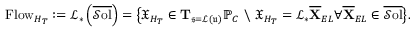
\mathrm { F l o w } _ { H _ { T } } : = \mathcal { L } _ { * } \left( \overline { { \mathcal { S } \mathrm { o l } } } \right) = \big \{ \mathfrak { X } _ { H _ { T } } \in \mathbf { T } _ { \mathfrak { s } = \mathcal { L } ( \mathfrak { u } ) } \mathbb { P } _ { C } \ \backslash \ \mathfrak { X } _ { H _ { T } } = \mathcal { L } _ { * } \overline { { \mathbf { X } } } _ { E L } \forall \overline { { \mathbf { X } } } _ { E L } \in \overline { { \mathcal { S } \mathrm { o l } } } \big \} .